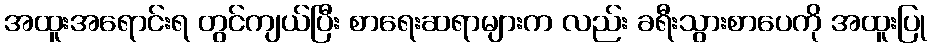
အထူးအရောင်းရ တွင်ကျယ်ပြီး စာရေးဆရာများက လည်း ခရီးသွားစာပေကို အထူးပြု